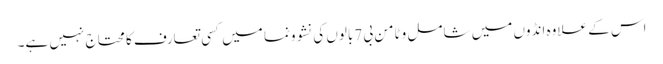
اس کے علاوہ انڈوں میں شامل وٹامن بی 7بالوں کی نشوونما میں کسی تعارف کا محتاج نہیں ہے۔